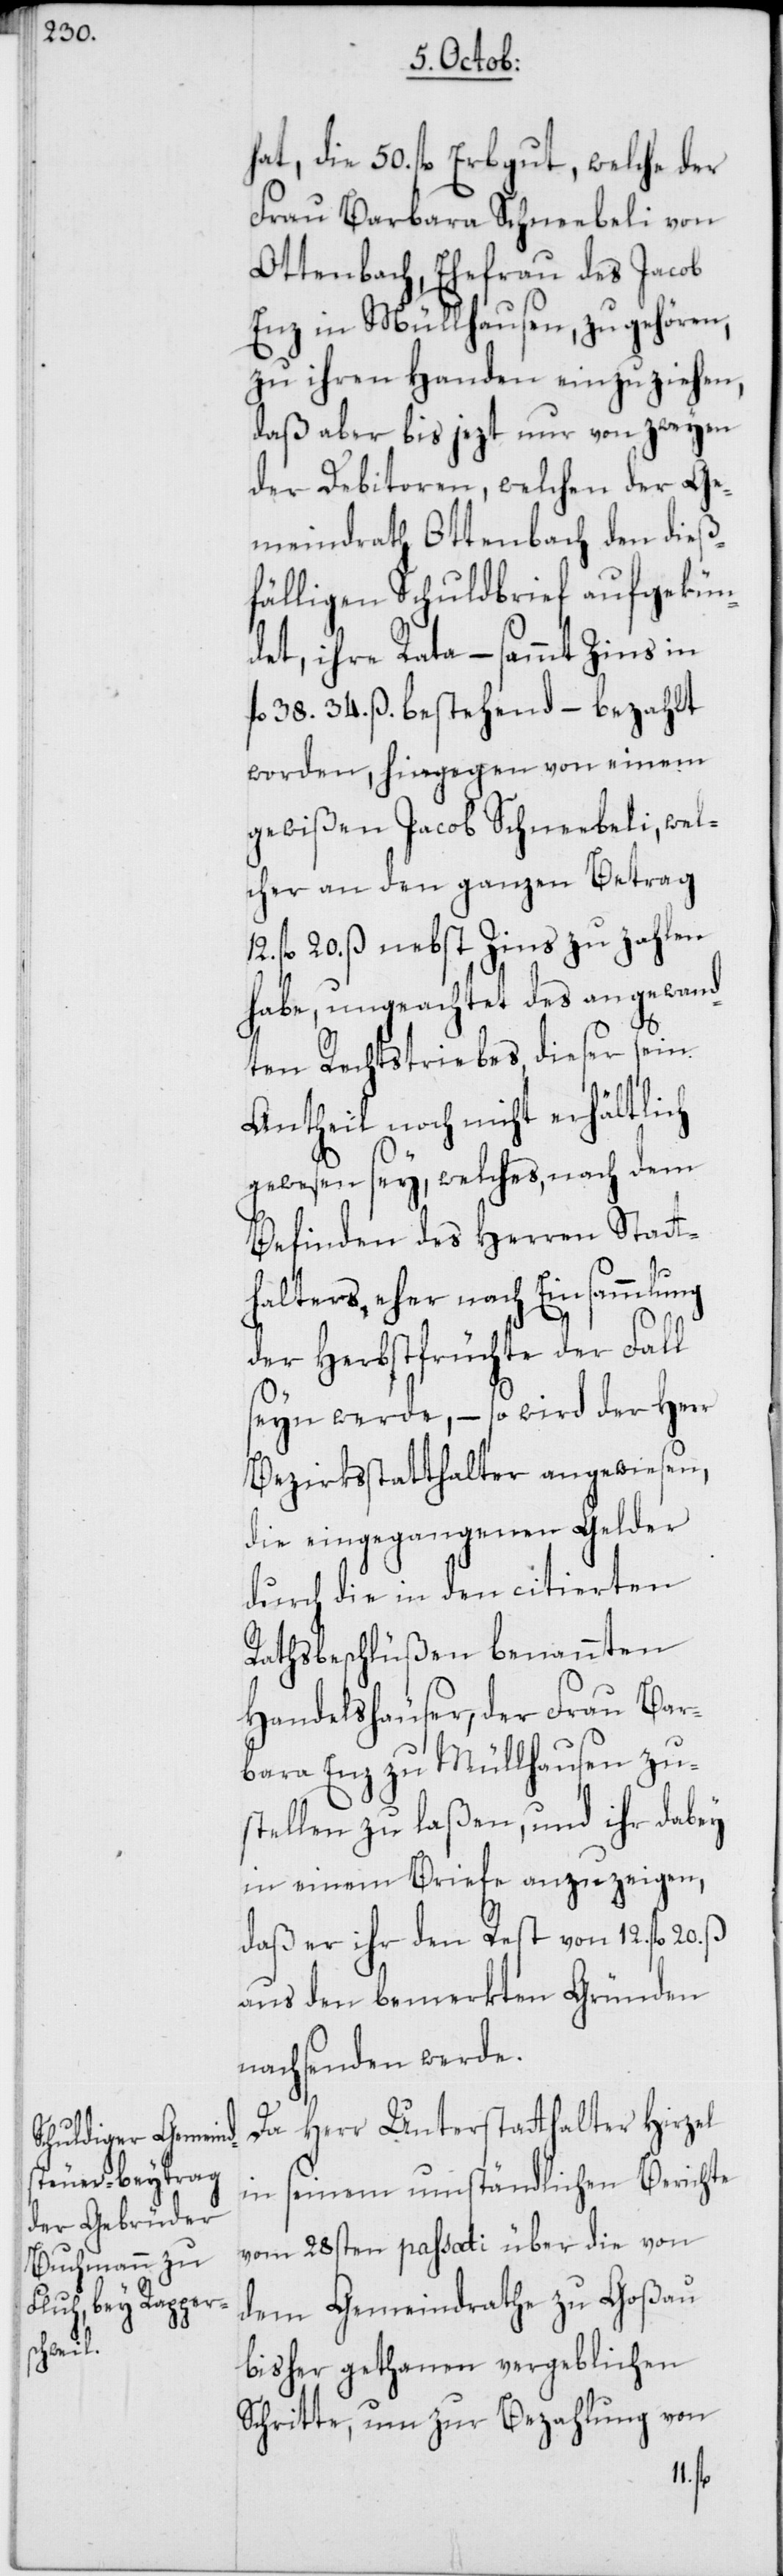
hat, die 50. fl. Erbgut, welche der
Frau Barbara Schneebeli von
Ottenbach, Ehefrau des Jacob
Enz in Müllhausen, zugehören,
zu ihren Handen einzuziehen,
daß aber bis jezt nur von zweyen
der Debitoren, welchen der Ge¬
meindrath Ottenbach den dieß¬
fälligen Schuldbrief aufgekün¬
det, ihre Rata, – sammt Zins in
l. 38. 34. ß. bestehend – bezahlt
worden, hingegen von einem
gewißen Jacob Schneebeli, wel¬
cher an den ganzen Betrag
20. ß nebst Zins zu zahlen
habe, ungeachtet des angewand¬
ten Rechtstriebes, dieser sein
Antheil noch nicht erhältlich
gewesen sey, welches, nach dem
Befinden des Herren Statt¬
halters, eher nach Einsammlung
der Herbstfrüchte der Fall
seyn werde, – so wird der Herr
Bezirksstatthalter angewiesen,
die eingegangenen Gelder
durch die in den citierten
Rathsbeschlüßen benannten
Handelshäuser, der Frau Bar¬
bara Enz zu Müllhausen zu¬
stellen zu laßen, und ihr dabey
in einem Briefe anzuzeigen,
daß er ihr den Rest von 12. fl. 20. ß
aus den bemerkten Gründen
nachsenden werde.
Da Herr Unterstatthalter Hirzel
in seinem umständlichen Berichte
vom 28sten passati über die von
dem Gemeindrathe zu Goßau
bisher gethanen vergeblichen
Schritte, um zur Bezahlung von
12. fl.